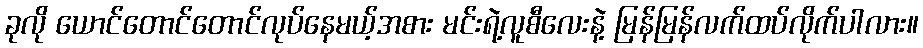
ခုလို ယောင်တောင်တောင်လုပ်နေမယ့်အစား မင်းရဲ့လူစီလေးနဲ့ မြန်မြန်လက်ထပ်လိုက်ပါလား။